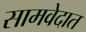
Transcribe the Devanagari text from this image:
सामवेदात